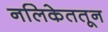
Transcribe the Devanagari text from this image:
नलिकेततून